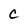
Character: c